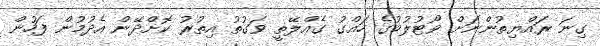
ގިނަ ރައްޔިތުންނަށް ވޯޓުލުމުގެ ހައްގު ގެއްލޭތީ ވަގުތު އިތުރު ކޮށްދޭން އެދުމުން ފަހުން